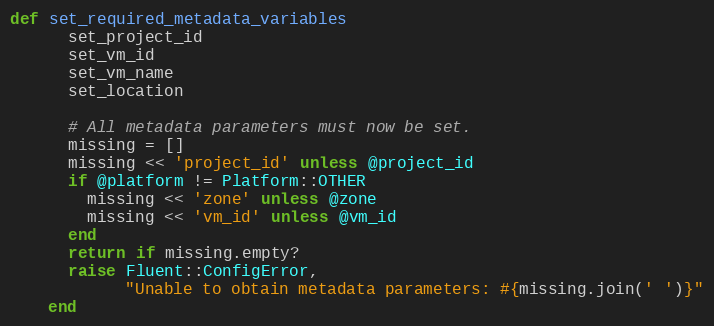
Language: Ruby
def set_required_metadata_variables
      set_project_id
      set_vm_id
      set_vm_name
      set_location

      # All metadata parameters must now be set.
      missing = []
      missing << 'project_id' unless @project_id
      if @platform != Platform::OTHER
        missing << 'zone' unless @zone
        missing << 'vm_id' unless @vm_id
      end
      return if missing.empty?
      raise Fluent::ConfigError,
            "Unable to obtain metadata parameters: #{missing.join(' ')}"
    end